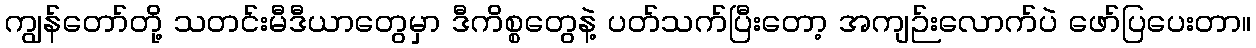
ကျွန်တော်တို့ သတင်းမီဒီယာတွေမှာ ဒီကိစ္စတွေနဲ့ ပတ်သက်ပြီးတော့ အကျဉ်းလောက်ပဲ ဖော်ပြပေးတာ။